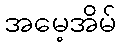
အမေ့အိမ်